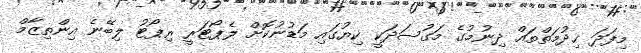
މިފަދަ ޚިދުމަތްތައް ދިނުމުގެ މަގުސަދަކީ ކިޔުގައި މަޑުނުކޮށް ލެޕޯޓަރީ ރިޕޯޓު ލިބޭނެ އިންތިޒާމް